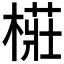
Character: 𭫨